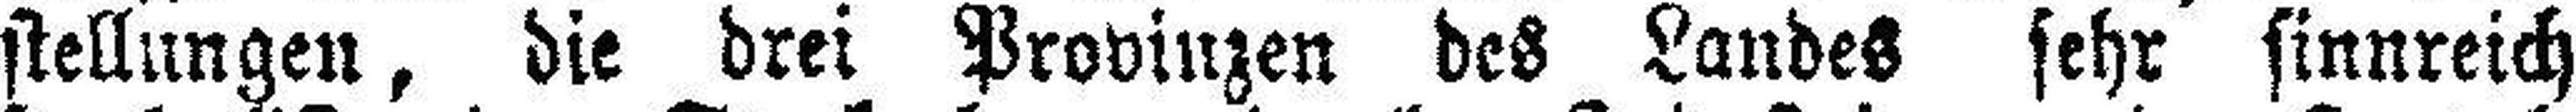
stellungen, die drei Provinzen des Landes sehr sinnreich